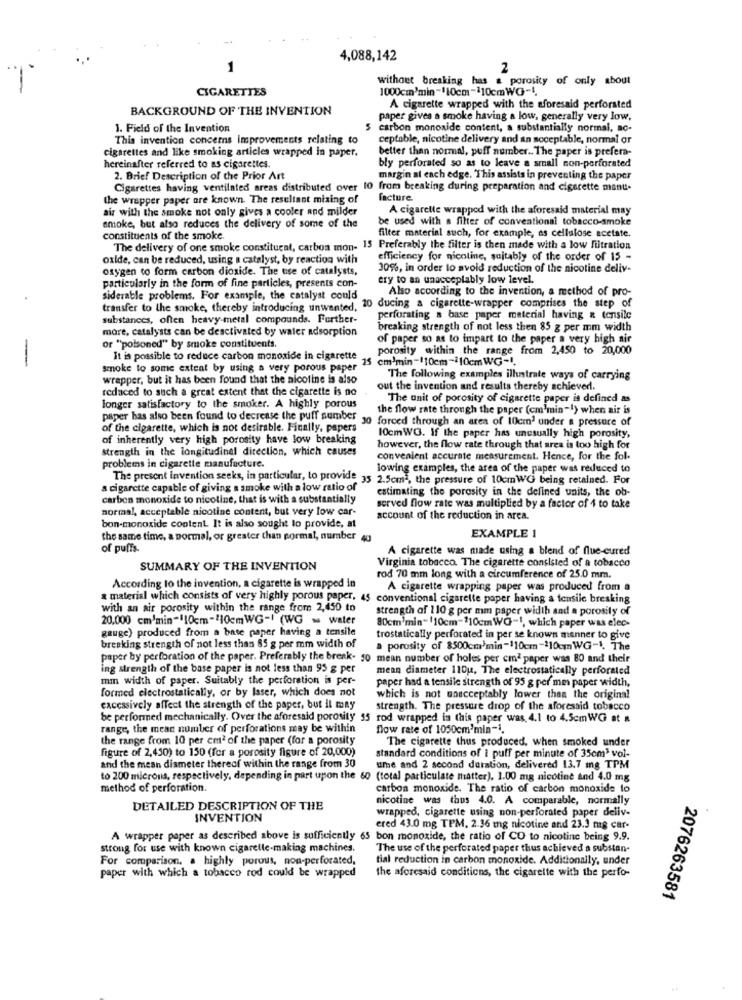
4,088,142
1
2
without breaking has & porosity of only about
CIGARETTES
1000cm'min -110cm-110cmWG-1.
BACKGROUND OF THE INVENTION
A cigarette wrapped with the aforesaid perforated
paper gives a smoke having a low, generally very low.
1. Field of the Invention
5 carbon monoxide content, a substantially normal, ac-
This invention concerns Improvements relating to
ceptable, nicotine delivery and an soceptable, normal or
cigarettes and like smoking articles wrapped in paper.
better than normal, puff number .. The paper is prefera-
bly perforated so as to leave a small non-perforated
hereinafter referred to as cigarettes.
2. Brief Description of the Prior Art
margin al each edge. This assists in preventing the paper
Cigarettes having ventilated areas distributed over 10 from breaking during preparation and cigarette manu.
the wrapper paper ore known. The resultant mixing of
facture
air with the smoke not only sives a cooler and milder
A cigarette wrapped with the aforesaid material may
be used with a filter of conventional tobacco-smoke
smoke, but also reduces the delivery of some of the
constituents of the smoke.
filter material such, for example, as cellulose acetate.
The delivery of one smoke constituent, carbon mon- 15 Preferably the filter is then made with a low fitration
oxide, can be reduced, using a catalyst, by reaction with
efficiency for nicotine, suitably of the order of 15 -
oxygen to form carbon dioxide. The use of catalysts,
30%, in order to avoid reduction of the nicotine deliv-
ery to an unacceplably low level.
particularly in the form of fine particles, presents con-
Also according to the invention, a method of pro-
siderable problems. For example, the catalyst could
transfer to the smoke, thereby introducing unwanted, 10 ducing a cigarette-wrapper comprises the step of
substances, often heavy-metal compounds. Further-
perforating a base paper material having & tensile
more, catalysts can be deactivated by water adsorption
breaking strength of not less then 85 g per mm width
of paper so as to impart to the paper a very high air
or "poisoned" by smoke constituents.
porosity within the range from 2,450 to 20,000
-
It is possible to reduce carbon monoxide in cigarette .
Scm!min-110cm-210cm WG-1.
smoke to some extent by using a very porous paper
wrapper, but it has been found that the nicotine is also
The following examples ilhntrate ways of carrying
reduced to such a great extent that the cigarette is no
out the invention and results thereby achieved.
The unit of porosity of cigarette paper is defined as
longer satisfactory to the smoker. A highly porous
the flow rate through the paper (cm'min"!) when air is
paper has also been found to decrease the puff number 30 forced through an area of 10cm' under a pressure of
of the cigarette, which is not desirable. Finally, papers
of inherently very high porosity have low breaking
10cmWG. If the paper has unusually high porosity,
strength in the longitudinel direction, which causes
however, the flow rate through that area is too high for
convenient accurate measurement. Hence, for the fol-
problems in cigarette manufacture.
lowing examples, the area of the paper was reduced to
The present invention seeks, in particular, to provide 35 2.5cm -, the pressure of 10cmWG being retained. For
a cigarette capable of giving a smoke with a low ratio of
estimating the porosity in the defined units, the ob-
carbon monoxide to nicotine, that is with a substantially
normal, acceptable nicotine content, but very low car-
served flow rate was multiplied by a factor of 4 to take
bon-monoxide content. It is also sought to provide, at
account of the reduction in area.
the same time, a normal, or greater than pormal, number 40
EXAMPLE 1
of puffs-
A cigarette was made using a blend of flue-cured
Virginia tobacco. The cigarette consisted of a tobacco
SUMMARY OF THE INVENTION
rod 70 mm long with a circumference of 25.0 mm.
According to the invention, a cigarette is wrapped in
A cigarette wrapping paper was produced from a
& material which consists of very highly porous paper, 45 conventional cigarette paper having a tensile breaking
with an air porosity within the range from 2,450 to
strength of 110 g per mm paper width sad a porosity of
20,000 cm'min-110cm-$10cmWG -! (WG - water
80cm'min" 110cm-110cmWG-1, which paper was elec-
gauge) produced from a base paper having a tensile
breaking strength of not less than 85 g per mm width of
trostatically perforated in per se known manner to give
a porosity of 8500cm'min-110cm -210cmWG-1. The
paper by perforation of the paper. Preferably the break- 50 mean number of holes per cmd paper was 80 and their
ing strength of the base paper is not less than 95 g per
mean diameter 110u, The electrostatically perforated
mm width of paper. Suitably the perforation is per-
paper had a tensile strength of 95 g per mm paper width,
formed electrostatically, or by laser, which does not
which is not unacceptably lower than the original
caccasively affect the strength of the paper, but il may
strength. The pressure drop of the aforesaid tobacco
be performed mechanically. Over the aforesaid porosity 35 rod wrapped in this paper was, 4.1 to 4.5cmWG at &
range, the mean number of perforations may be within
flow rate of 1050cm'min-1.
the range from 10 per cm2 of the paper (for a porosity
The cigarette thus produced. when smoked under
figure of 2,450) to 150 (for a porosity figure of 20,000)
standard conditions of i puff per minute of 35cm3 vol-
and the mean diameter thereof within the range from 30
ume and 2 second deration, delivered 13.7 mg TPM
to 200 micronis, respectively, depending in part upon the 60 (total particulate matter), 1.00 mg nicotine and 4.0 mg
method of perforation.
carbon monoxide. The ratio of carbon monoxide to
nicotine was thus 4.0. A comparable, normally
DETAILED DESCRIPTION OF THE
wrapped, cigarette using non-perforated paper deliv-
INVENTION
ered 43.0 mg TPM, 2.36 mg nicotine and 23.3 mg car-
A wrapper paper as described above is sufficiently 65 bon monoxide, the ratio of CO to nicotine being 9.9.
strong for use with known cigarette-making machines.
The use of the perforated paper thus achieved a substan-
For comparison. a highly porous, non-perforated,
tial reduction in carbon monoxide. Additionally, under
the aforesaid conditions, the cigarette with the perfo-
paper with which a tobacco rod could be wrapped
2076263581